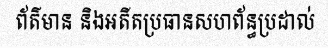
ព័ត៌មាន និងអតីតប្រធានសហព័ន្ធប្រដាល់